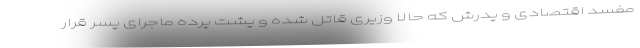
مفسد اقتصادی و پدرش که حالا وزیری قاتل شده و پشت پرده ماجرای پسر قرار